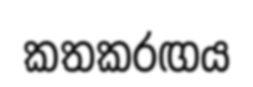
කතකරඟය